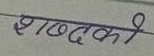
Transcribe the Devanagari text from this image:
शब्दको